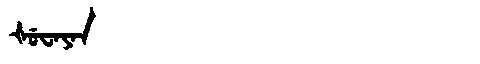
Manchu: ᡧᡠᠸᠠᠶᠠᠨ
Romanization: ŠUWAYAN